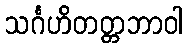
သင်္ဂဟိတတ္တဘာဝါ